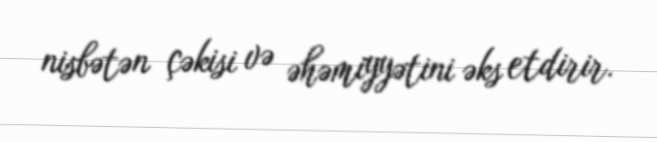
nisbətən çəkisi və əhəmiyyətini əks etdirir.